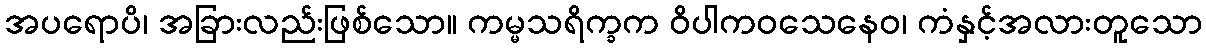
အပရောပိ၊ အခြားလည်းဖြစ်သော။ ကမ္မသရိက္ခက ဝိပါကဝသေနေဝ၊ ကံနှင့်အလားတူသော